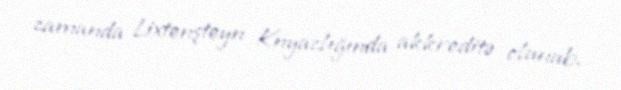
zamanda Lixtenşteyn Knyazlığında akkreditə olunub.